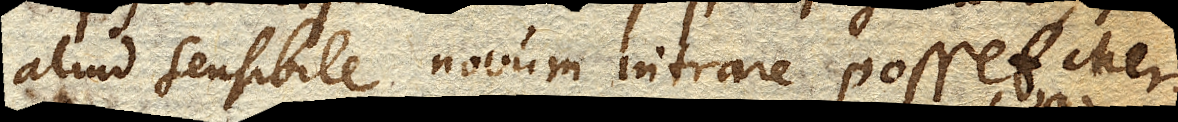
aliud sensibile novum intrare posset. Mer–